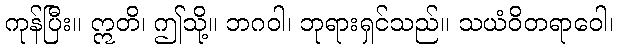
ကုန်ပြီး။ ဣတိ၊ ဤသို့။ ဘဂဝါ၊ ဘုရားရှင်သည်။ သယံဝိတရာဝေါ၊